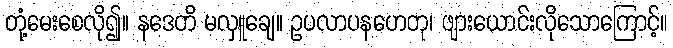
တုံ့မေးစေလို၍။ နဒေတိ မလှူချေ။ ဥပလာပနဟေတု၊ ဖျားယောင်းလိုသောကြောင့်။